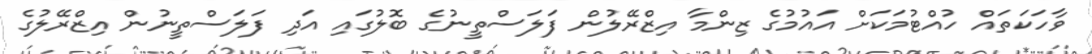
ވާހަކަތައް ހުއްޓުމަކަށް އައުމުގެ ޒިންމާ އިޒްރޭލުން ފަލަސްތީނުގެ ބޮލުގައި އަދި ފަލަސްތީނުން އިޒްރޭލުގެ